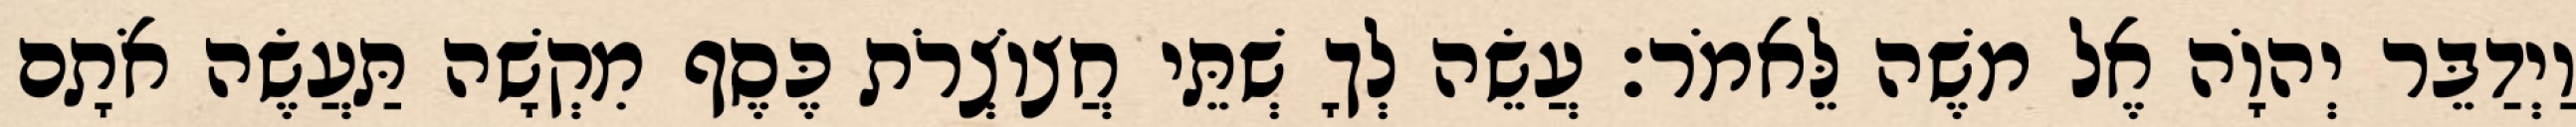
וַיְדַבֵּר יְהוָֹה אֶל משֶׁה לֵּאמֹר׃ עֲשֵׂה לְךָ שְׁתֵּי חֲצוֹצְרֹת כֶּסֶף מִקְשָׁה תַּעֲשֶׂה אֹתָם